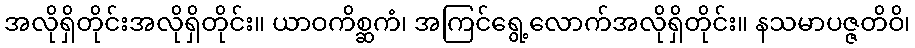
အလိုရှိတိုင်းအလိုရှိတိုင်း။ ယာဝကိစ္ဆကံ၊ အကြင်ရွေ့လောက်အလိုရှိတိုင်း။ နသမာပဇ္ဇတိဝိ၊